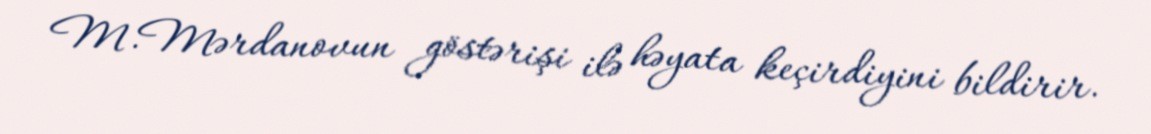
M.Mərdanovun göstərişi ilə həyata keçirdiyini bildirir.